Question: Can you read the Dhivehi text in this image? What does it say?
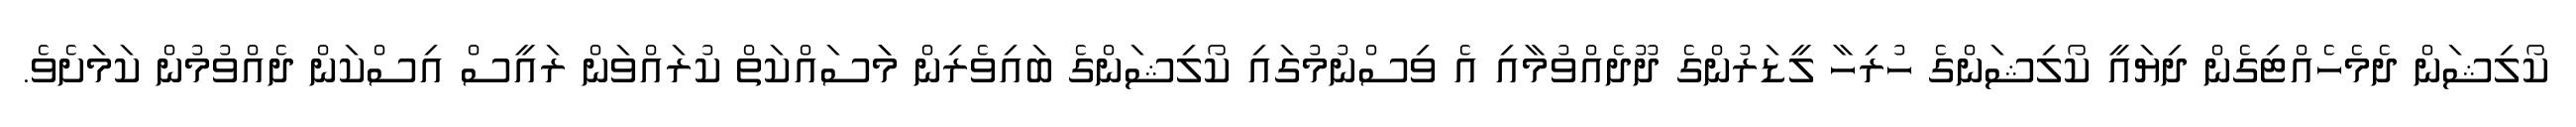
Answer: ކޯލިޝަން ދެމެހެއްޓިގެން ދިޔައީ ކޯލިޝަންގެ ހުރިހާ ލީޑަރުންގެ ދޫދެއްވުމާއި އެ ވިސްނުމުގައި ކޯލިޝަންގެ ބައިވެރިން މަަސައްކަތް ކުރައްވަން ރައީސް އިސްކަން ދެއްވުމުން ކަމަށެވެ.